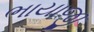
ભાયાજી